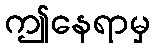
ဤနေရာမှ